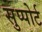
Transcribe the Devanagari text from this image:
सुप्पोर्ट